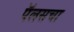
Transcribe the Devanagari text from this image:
पॅलसचा